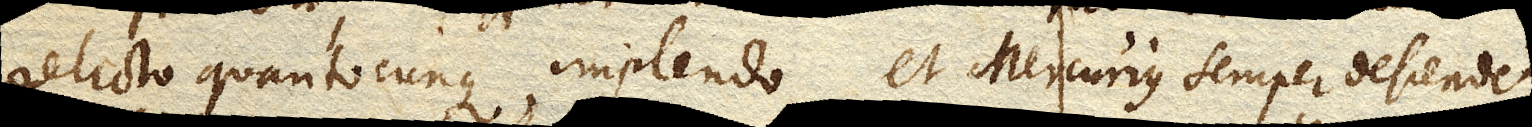
relicto quantocunque implendo et Mercurius semper descendet